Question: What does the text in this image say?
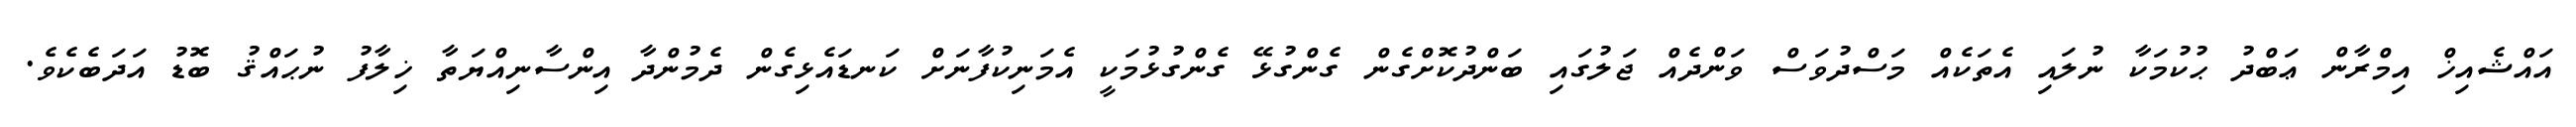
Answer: އައްޝެއިޚް އިމްރާން ޢަބްދު ޙުކުމަކާ ނުލައި އެތަކެއް މަސްދުވަސް ވަންދެއް ޖަލުގައި ބަންދުކޮށްގެން ގެންގުޅޭ ގެންގުޅުމަކީ އެމަނިކުފާނަށް ކަނޑައެޅިގެން ދެމުންދާ އިންސާނިއްޔަތާ ޚިލާފު ނުޙައްޤު ބޮޑު އަދަބެކެވެ.